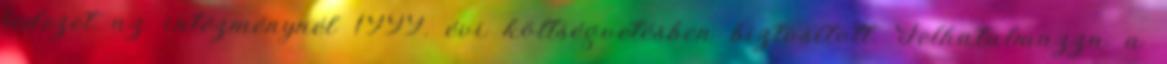
fedezet az intézménynél 1999. évi költségvetésben biztosított. Felhatalmazza a